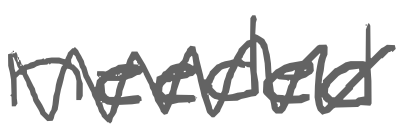
Text: needed
Cross-out: zig-zag
Writing tool: digital_gray